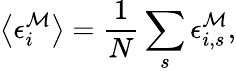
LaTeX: \left<\epsilon_{i}^{\mathcal{M}}\right>=\frac{{1}}{{N}}\sum_{s}\epsilon_{i,s}^{\mathcal{M}},